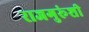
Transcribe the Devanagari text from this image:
राजगुरूंशी